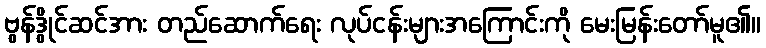
ဗွန်ဒွိုင်ဆင်အား တည်ဆောက်ရေး လုပ်ငန်းများအကြောင်းကို မေးမြန်းတော်မူ၏။